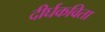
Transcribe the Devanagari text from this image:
दीर्घकविता